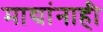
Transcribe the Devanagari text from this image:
माद्यांनाही